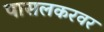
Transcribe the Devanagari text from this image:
पासलकरवर